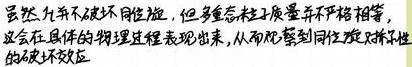
虽然并不破坏同位旋，但多重态粒子质量并不严格相等， 这会在具体的物理过程表现出来，从而观察到同位旋对称性 的破坏效应。